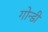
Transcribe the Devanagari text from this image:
गोन्डी